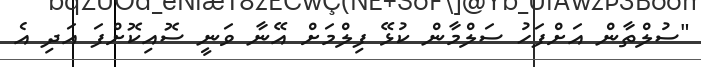
"ސުލްތާން އަށްފަހު ސަލްމާން ކުޅޭ ފިލްމަށް އޭނާ ވަނީ ސޮއިކޮށްފަ އަދި އެ